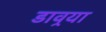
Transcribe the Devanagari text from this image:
डावर्‍या